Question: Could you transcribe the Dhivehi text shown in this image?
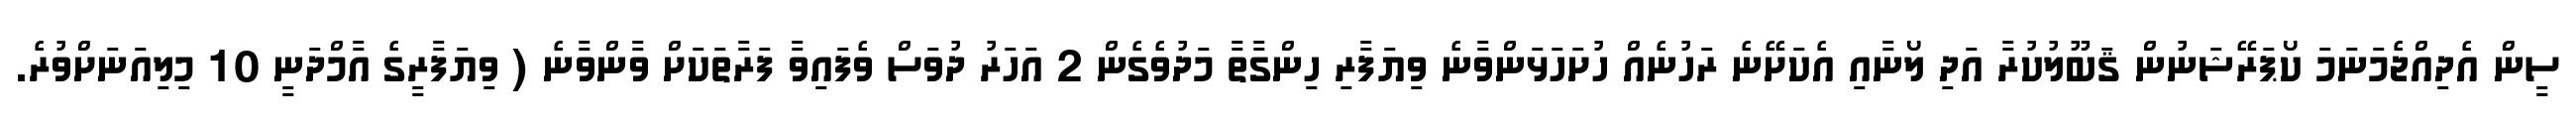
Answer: ސީން އެދިއްޖެމަނަމަ ކޯޕަރޭޝަނުން ޤަބޫލުކުރާ އަދި ލޯނާއި އެކަށޭނެ ރަހުނެއް ހުށަހަޅަންވާނެ ވިޔަފާރި ހިންގާތާ މަދުވެގެން 2 އަހަރު ދުވަސް ވެފައިވާ ފަރާތަކަށް ވާންވާނެ ( ވިޔަފާރީގެ އާމްދަނީ 10 މިލިއަނަށްވުރެ.